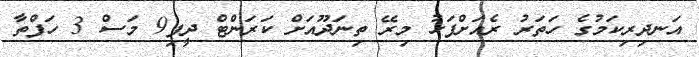
އަނދިރިކަމުގެ ހަތަރު ރެއަށްފަހު މިރޭ ތިނަދޫއަށް ކަރަންޓް ދީފި9 މަސް 3 ހަފްތާ